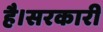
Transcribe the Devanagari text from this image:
है।सरकारी